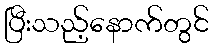
ပြီးသည့်နောက်တွင်